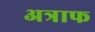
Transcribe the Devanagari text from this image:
अत्राफ